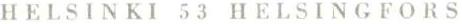
HELSINKI 53 HELSINGFORS